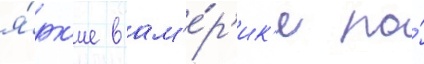
я́рк'ие в ам'е́р'ик'е по́